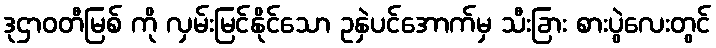
ဒုဌာဝတီမြစ် ကို လှမ်းမြင်နိုင်သော ဥနှဲပင်အောက်မှ သီးခြား စားပွဲလေးတွင်